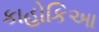
કાહોકિઆ